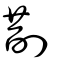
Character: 剒